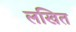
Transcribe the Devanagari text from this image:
लखित